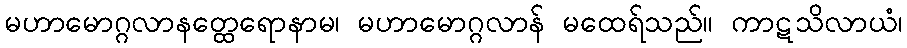
မဟာမောဂ္ဂလာနတ္ထေရောနာမ၊ မဟာမောဂ္ဂလာန် မထေရ်သည်။ ကာဋသိလာယံ၊